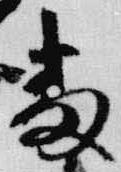
番